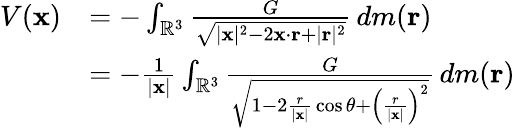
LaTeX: {\begin{array}{rl}{V(\mathbf{x})}&{=-\int_{\mathbb{R}^{3}}{\frac{G}{\sqrt{|\mathbf{x}|^{2}-2\mathbf{x}\cdot\mathbf{r}+|\mathbf{r}|^{2}}}}\, dm(\mathbf{r})}\\ &{=-{\frac{1}{|\mathbf{x}|}}\int_{\mathbb{R}^{3}}{\frac{G}{\sqrt{1-2{\frac{r}{|\mathbf{x}|}}\cos\theta+\left({\frac{r}{|\mathbf{x}|}}\right)^{2}}}}\, dm(\mathbf{r})}\end{array}}